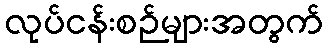
လုပ်ငန်းစဉ်များအတွက်